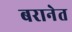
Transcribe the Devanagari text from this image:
बरानेत